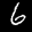
Label: 6